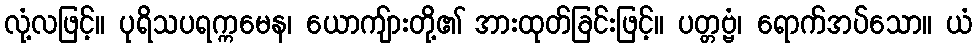
လုံ့လဖြင့်။ ပုရိသပရက္ကမေန၊ ယောကျ်ားတို့၏ အားထုတ်ခြင်းဖြင့်။ ပတ္တဗ္ဗံ၊ ရောက်အပ်သော။ ယံ